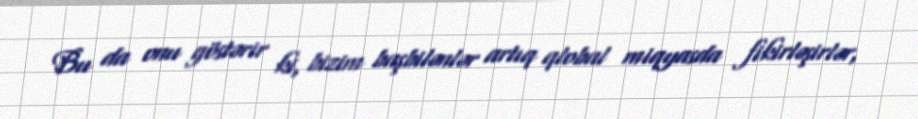
Bu da onu göstərir ki, bizim başbilənlər artıq qlobal miqyasda fikirləşirlər,